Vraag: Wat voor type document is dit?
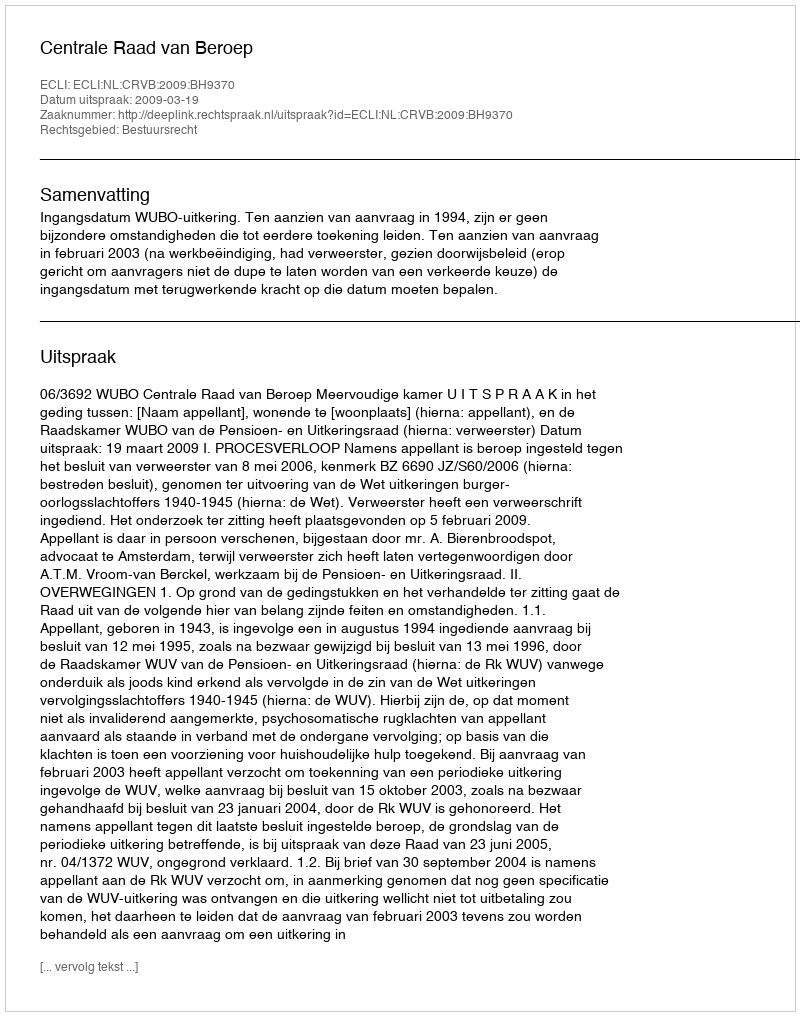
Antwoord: Uitspraak